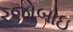
રજોબાઇ